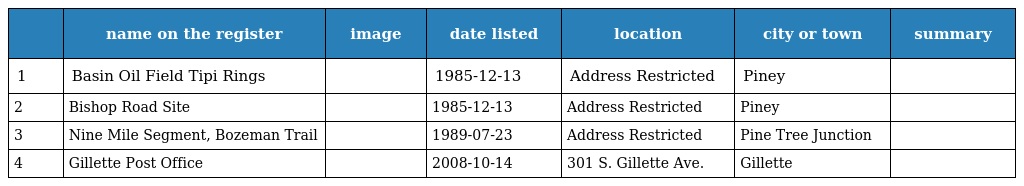
|  | name on the register | image | date listed | location | city or town | summary |
 | --- | --- | --- | --- | --- | --- | --- |
 | 1 | Basin Oil Field Tipi Rings |  | 1985-12-13 | Address Restricted | Piney |  |
 | 2 | Bishop Road Site |  | 1985-12-13 | Address Restricted | Piney |  |
 | 3 | Nine Mile Segment, Bozeman Trail |  | 1989-07-23 | Address Restricted | Pine Tree Junction |  |
 | 4 | Gillette Post Office |  | 2008-10-14 | 301 S. Gillette Ave. | Gillette |  |